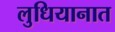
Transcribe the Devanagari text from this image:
लुधियानात